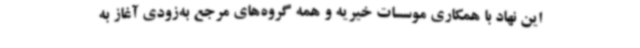
این نهاد با همکاری موسسات خیریه و همه گروه‌های مرجع به‌زودی آغاز به